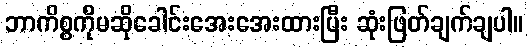
ဘာကိစ္စကိုမဆိုခေါင်းအေးအေးထားပြီး ဆုံးဖြတ်ချက်ချပါ။